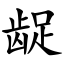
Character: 龊